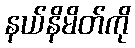
နယ်နိမိတ်ကို